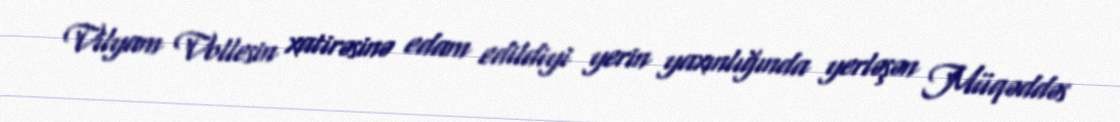
Vilyam Vollesin xatirəsinə edam edildiyi yerin yaxınlığında yerləşən Müqəddəs